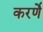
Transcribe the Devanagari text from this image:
करर्णे